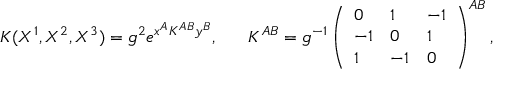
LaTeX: K ( X ^ { 1 } , X ^ { 2 } , X ^ { 3 } ) = g ^ { 2 } e ^ { x ^ { A } K ^ { A B } y ^ { B } } , \ \ \ \ \ K ^ { A B } = g ^ { - 1 } \left( \begin{array} { l l l } { { 0 } } & { { 1 } } & { { - 1 } } \\ { { - 1 } } & { { 0 } } & { { 1 } } \\ { { 1 } } & { { - 1 } } & { { 0 } } \end{array} \right) ^ { A B } ,